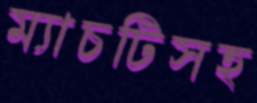
ম্যাচটিসহ